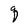
Character: q